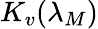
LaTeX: K_{v}(\lambda_{M})